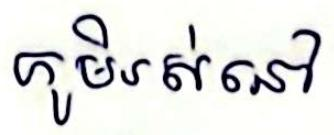
ភូមិរស់នៅ